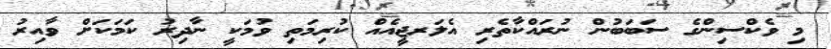
މި ވެކްސިންގެ ސަބަބުން ނުރައްކާތެރި އެލަރޖީއެއް ކުރިމަތި ވުމަކީ ނާދިރު ކަމަކަށް ވާއިރު